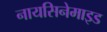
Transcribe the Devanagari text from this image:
नायसिनेमाइड